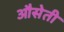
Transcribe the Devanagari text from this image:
औसेती